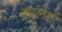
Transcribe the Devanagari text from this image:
कालेटं